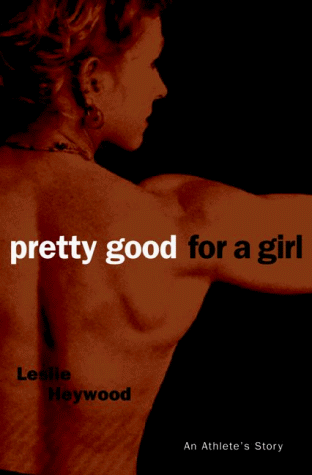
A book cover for Pretty Good for a Girl: An Athlete's Story; Leslie Heywood; Sports & Outdoors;